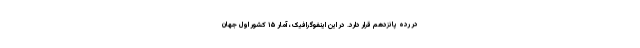
در رده پانزدهم قرار دارد. در این اینفوگرافیک، آمار ۱۵ کشور اول جهان